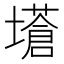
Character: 𡒝